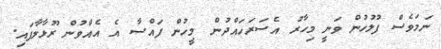
ނަމަވެސް ފުލުހުން ވަނީ މިހާރު އެސަރަހައްދުން މީހުން ފައްސާ އެ އެއްވުން ރޫޅާލާފައި.